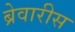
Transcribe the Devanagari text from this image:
ब्रेवारीस